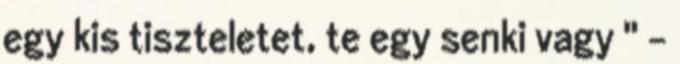
egy kis tiszteletet, te egy senki vagy " -